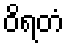
ဝိရတံ